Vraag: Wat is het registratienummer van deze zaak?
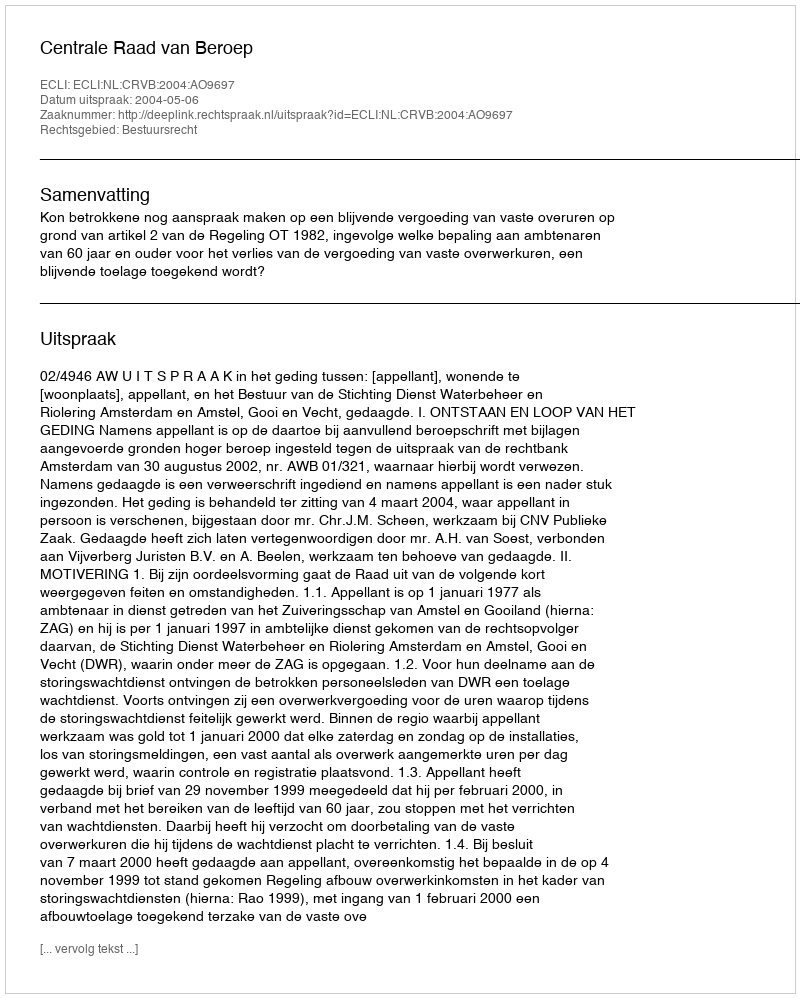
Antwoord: http://deeplink.rechtspraak.nl/uitspraak?id=ECLI:NL:CRVB:2004:AO9697